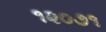
૧૨૦૭૧